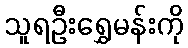
သူရဦးရွှေမန်းကို